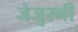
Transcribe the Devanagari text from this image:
जेजुस्नी